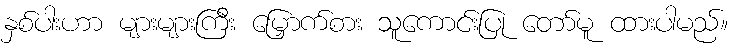
နှစ်ပါးဟာ များများကြီး မြှောက်စား သူကောင်းပြု တော်မူ ထားပါမည်။